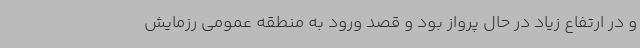
و در ارتفاع زیاد در حال پرواز بود و قصد ورود به منطقه عمومی رزمایش